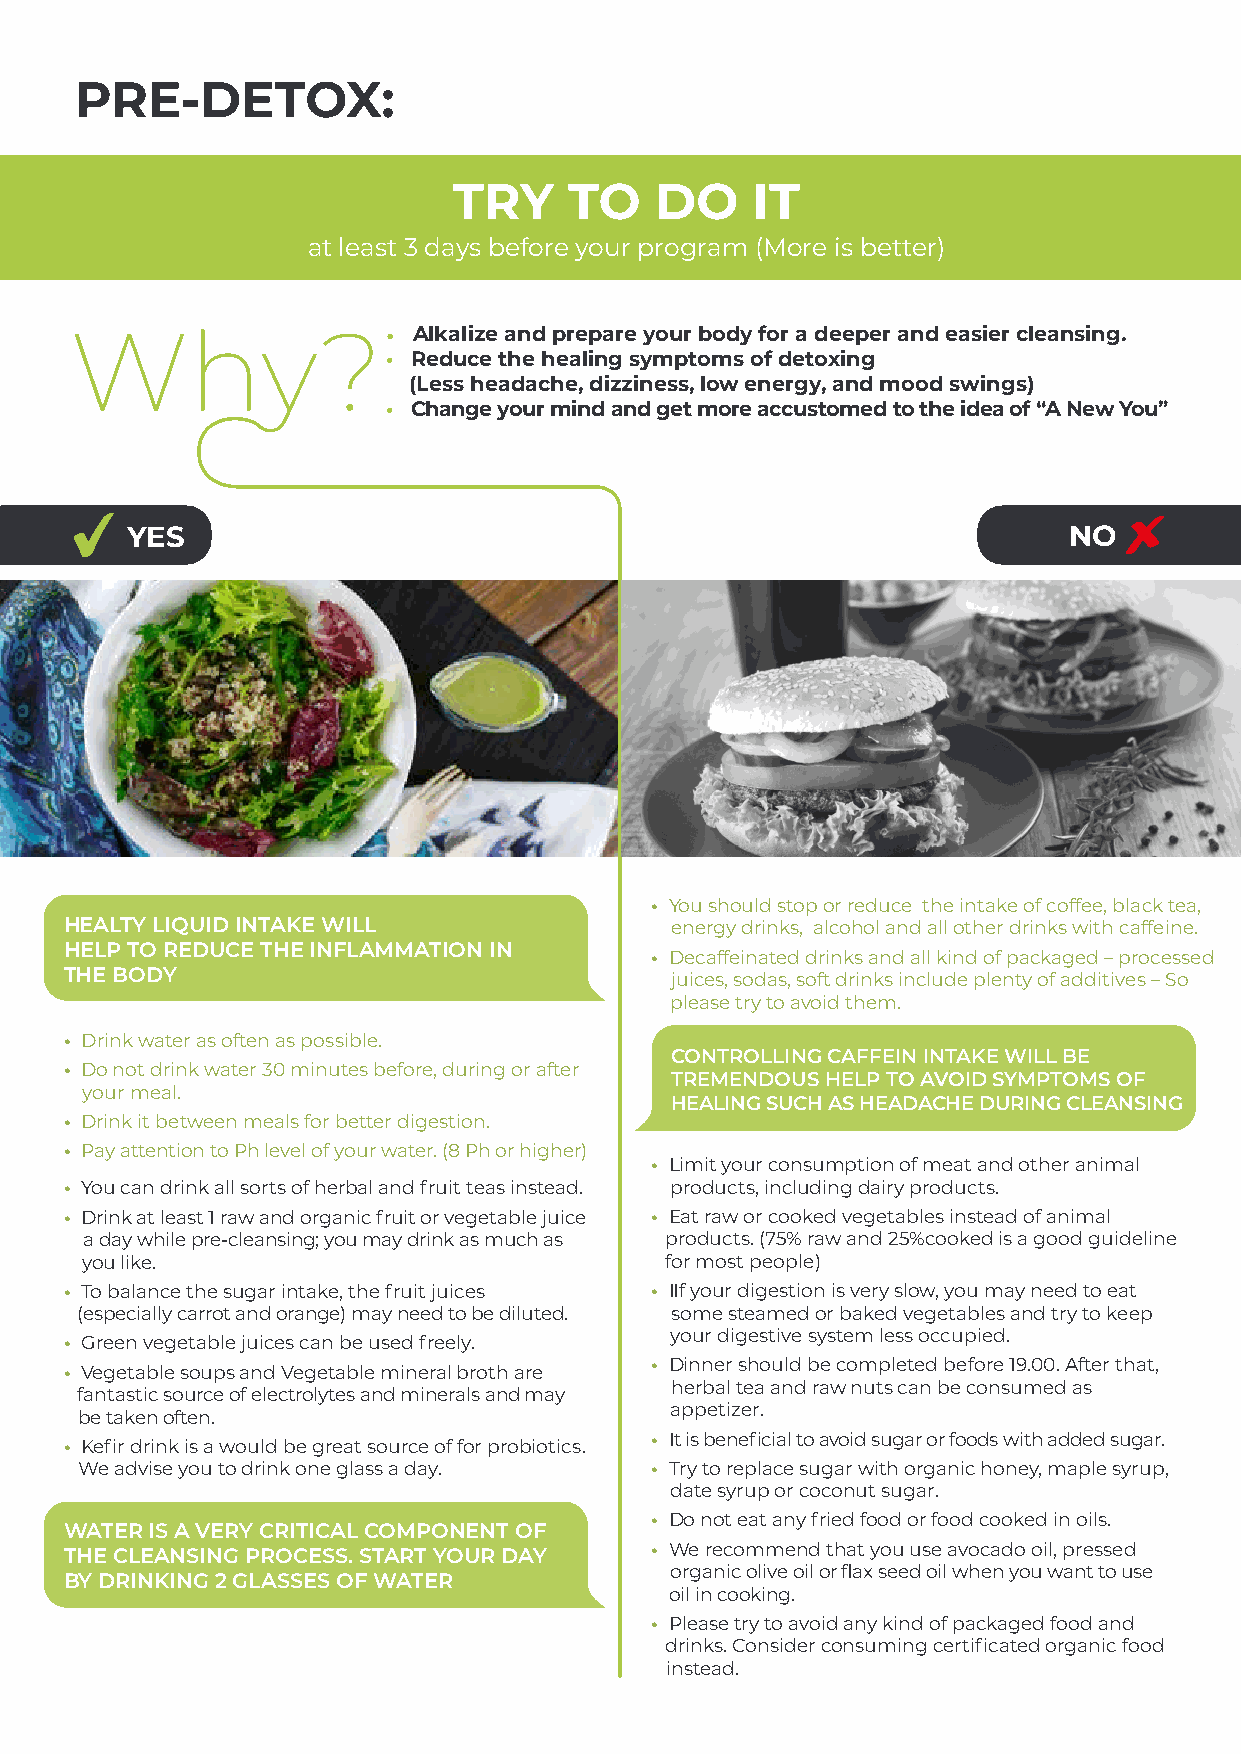
PRE-DETOX:
 TRY     TO   DO     IT
 at least 3 days before your program (More is better)
 Why?•                 Alkalize and prepare your body for a deeper and easier cleansing.
 • Reduce the healing symptoms of detoxing
 (Less headache, dizziness, low energy, and mood swings)
 • Change your mind and get more accustomed to the idea of “A New You”
 YES                                                            NO
 • You should stop or reduce the intake of coffee, black tea,
 HEALTY LIQUID INTAKE WILL               energy drinks, alcohol and all other drinks with caffeine.
 HELP TO REDUCE THE INFLAMMATION IN
 • Decaffeinated drinks and all kind of packaged – processed
 THE BODY
 juices, sodas, soft drinks include plenty of additives – So
 please try to avoid them.
 • Drink water as often as possible.
 CONTROLLING CAFFEIN INTAKE WILL BE
 • Do not drink water 30 minutes before, during or after
 TREMENDOUS HELP TO AVOID SYMPTOMS OF
 your meal.
 HEALING SUCH AS HEADACHE DURING CLEANSING
 • Drink it between meals for better digestion.
 • Pay attention to Ph level of your water. (8 Ph or higher)
 • Limit your consumption of meat and other animal
 • You can drink all sorts of herbal and fruit teas instead. products, including dairy products.
 • Drink at least 1 raw and organic fruit or vegetable juice • Eat raw or cooked vegetables instead of animal
 a day while pre-cleansing; you may drink as much as products. (75% raw and 25%cooked is a good guideline
 you like.                              for most people)
 • To balance the sugar intake, the fruit juices • IIf your digestion is very slow, you may need to eat
 (especially carrot and orange) may need to be diluted. some steamed or baked vegetables and try to keep
 your digestive system less occupied.
 • Green vegetable juices can be used freely.
 • Dinner should be completed before 19.00. After that,
 • Vegetable soups and Vegetable mineral broth are
 herbal tea and raw nuts can be consumed as
 fantastic source of electrolytes and minerals and may
 appetizer.
 be taken often.
 • It is beneficial to avoid sugar or foods with added sugar.
 • Kefir drink is a would be great source of for probiotics.
 We advise you to drink one glass a day. • Try to replace sugar with organic honey, maple syrup,
 date syrup or coconut sugar.
 • Do not eat any fried food or food cooked in oils.
 WATER IS A VERY CRITICAL COMPONENT OF
 THE CLEANSING PROCESS. START YOUR DAY  • We recommend that you use avocado oil, pressed
 organic olive oil or flax seed oil when you want to use
 BY DRINKING 2 GLASSES OF WATER
 oil in cooking.
 • Please try to avoid any kind of packaged food and
 drinks. Consider consuming certificated organic food
 instead.